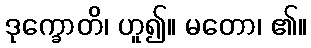
ဒုက္ခောတိ၊ ဟူ၍။ မတော၊ ၏။